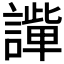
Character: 𧬟